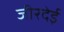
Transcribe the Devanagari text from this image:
जीरदेई